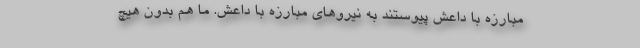
مبارزه با داعش پیوستند به نیروهای مبارزه با داعش. ما هم بدون هیچ